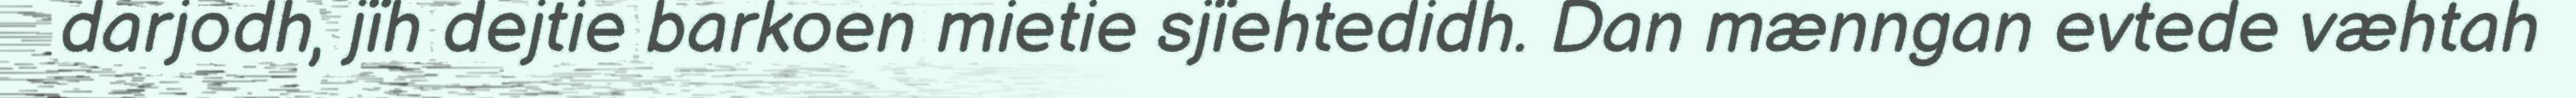
darjodh, jïh dejtie barkoen mietie sjïehtedidh. Dan mænngan evtede væhtah